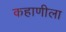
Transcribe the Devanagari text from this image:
कहाणीला